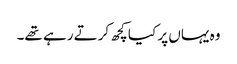
وہ یہاں پر کیا کچھ کرتے رہے تھے۔